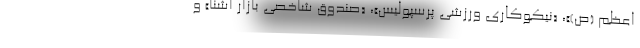
اعظم (ص)»، «نیکوکاری ورزشی پرسپولیس»، «صندوق شاخصی بازار آشنا» و